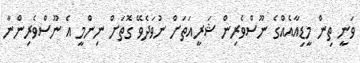
ވަނީ ތިން މީޑިއާއެއްގެ ނޫސްވެރިން ޝަރީއަތަށް ނުވަދެވޭ ގޮތަށް ނިންމީ އެ ނޫސްވެރިންނާ